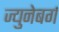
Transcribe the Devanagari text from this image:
ज्युनेबर्ग